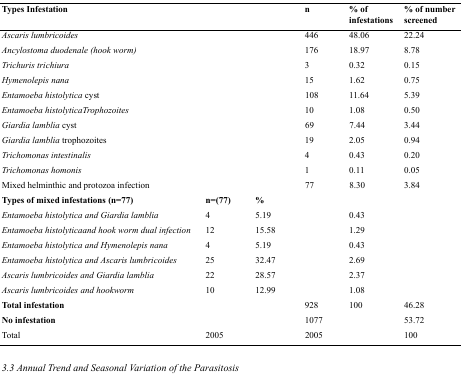
<table><thead><tr><td><b>Types Infestation</b></td><td></td><td></td><td><b>n</b></td><td><b>% of infestations</b></td><td><b>% of number screened</b></td></tr></thead><tbody><tr><td><i>Ascaris lumbricoides</i></td><td></td><td></td><td>446</td><td>48.06</td><td>22.24</td></tr><tr><td><i>Ancylostoma duodenale (hook worm)</i></td><td></td><td></td><td>176</td><td>18.97</td><td>8.78</td></tr><tr><td><i>Trichuris trichiura</i></td><td></td><td></td><td>3</td><td>0.32</td><td>0.15</td></tr><tr><td><i>Hymenolepis nana</i></td><td></td><td></td><td>15</td><td>1.62</td><td>0.75</td></tr><tr><td><i>Entamoeba histolytica</i> cyst</td><td></td><td></td><td>108</td><td>11.64</td><td>5.39</td></tr><tr><td><i>Entamoeba histolyticaTrophozoites</i></td><td></td><td></td><td>10</td><td>1.08</td><td>0.50</td></tr><tr><td><i>Giardia lamblia</i> cyst</td><td></td><td></td><td>69</td><td>7.44</td><td>3.44</td></tr><tr><td><i>Giardia lamblia</i> trophozoites</td><td></td><td></td><td>19</td><td>2.05</td><td>0.94</td></tr><tr><td><i>Trichomonas intestinalis</i></td><td></td><td></td><td>4</td><td>0.43</td><td>0.20</td></tr><tr><td><i>Trichomonas homonis</i></td><td></td><td></td><td>1</td><td>0.11</td><td>0.05</td></tr><tr><td>Mixed helminthic and protozoa infection</td><td></td><td></td><td>77</td><td>8.30</td><td>3.84</td></tr><tr><td><b>Types of mixed infestations (n=77)</b></td><td><b>n=(77)</b></td><td><b>%</b></td><td></td><td></td><td></td></tr><tr><td><i>Entamoeba histolytica and Giardia lamblia</i></td><td>4</td><td>5.19</td><td></td><td>0.43</td><td></td></tr><tr><td><i>Entamoeba histolyticaand hook worm dual infection</i></td><td>12</td><td>15.58</td><td></td><td>1.29</td><td></td></tr><tr><td><i>Entamoeba histolytica and Hymenolepis nana</i></td><td>4</td><td>5.19</td><td></td><td>0.43</td><td></td></tr><tr><td><i>Entamoeba histolytica and Ascaris lumbricoides</i></td><td>25</td><td>32.47</td><td></td><td>2.69</td><td></td></tr><tr><td><i>Ascaris lumbricoides and Giardia lamblia</i></td><td>22</td><td>28.57</td><td></td><td>2.37</td><td></td></tr><tr><td><i>Ascaris lumbricoides and hookworm</i></td><td>10</td><td>12.99</td><td></td><td>1.08</td><td></td></tr><tr><td><b>Total infestation</b></td><td></td><td></td><td>928</td><td>100</td><td>46.28</td></tr><tr><td><b>No infestation</b></td><td></td><td></td><td>1077</td><td></td><td>53.72</td></tr><tr><td>Total</td><td>2005</td><td></td><td>2005</td><td></td><td>100</td></tr></tbody></table>